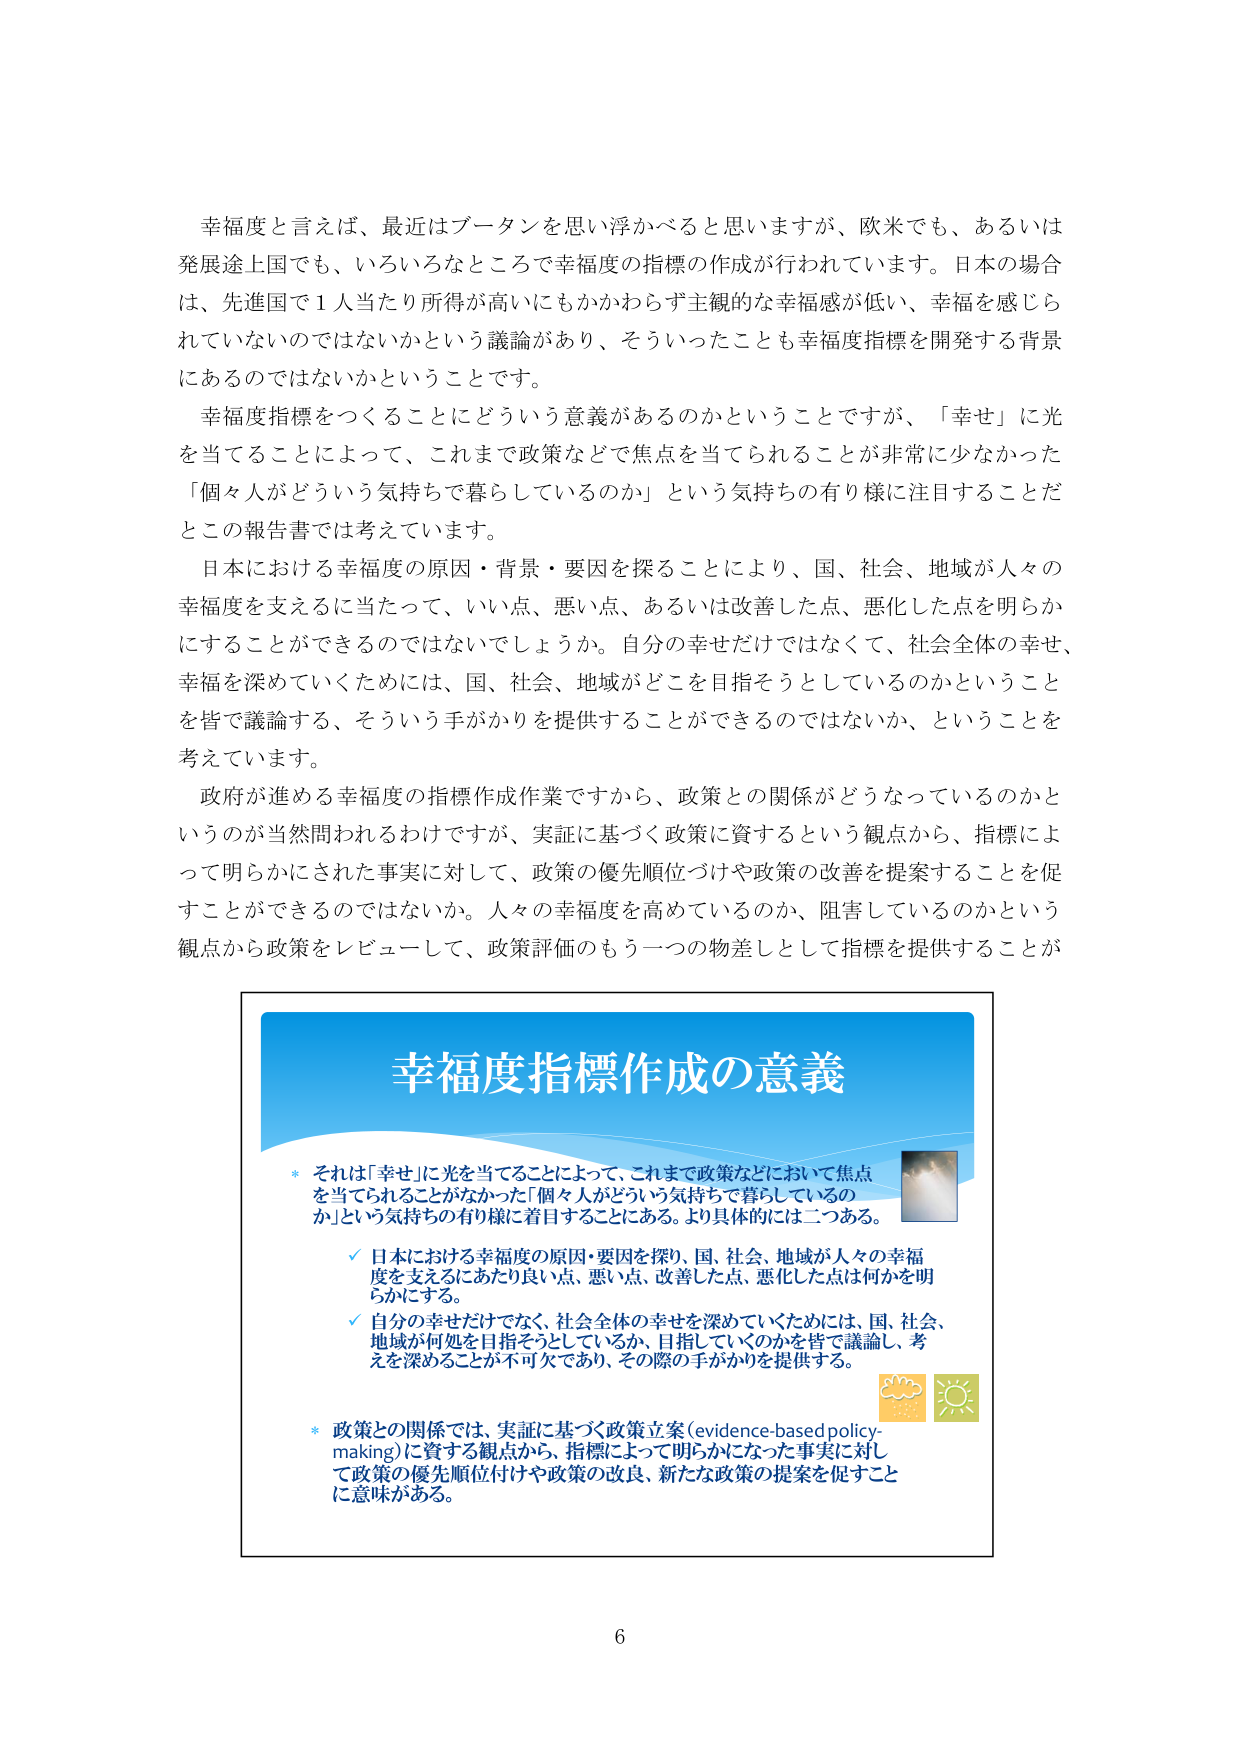
幸福度と言えば、最近はブータンを思い浮かべると思いますが、欧米でも、あるいは発展途上国でも、いろいろなところで幸福度の指標の作成が行われています。日本の場合 は、先進国で１人当たり所得が高いにもかかわらず主観的な幸福感が低い、幸福を感じられていないのではないかという議論があり、そういったことも幸福度指標を開発する背景 にあるのではないかということです。

幸福度指標をつくることにどういう意義があるのかということですが、「幸せ」に光 を当てることによって、これまで政策などで焦点を当てられることが非常に少なかった 「個々人がどういう気持ちで暮らしているのか」という気持ちの有り様に注目することだ とこの報告書では考えています。

日本における幸福度の原因・背景・要因を探ることにより、国、社会、地域が人々の 幸福度を支えるに当たって、いい点、悪い点、あるいは改善した点、悪化した点を明らか にすることができるのではないでしょうか。自分の幸せだけではなくて、社会全体の幸せ、 幸福を深めていくためには、国、社会、地域がどこを目指そうとしているのかということ を皆で議論する、そういう手がかりを提供することができるのではないか、ということを 考えています。

政府が進める幸福度の指標作成作業ですから、政策との関係がどうなっているのかと いうのが当然問われるわけですが、実証に基づく政策に資するという観点から、指標によ って明らかにされた事実に対して、政策の優先順位づけや政策の改善を提案することを促 すことができるのではないか。人々の幸福度を高めているのか、阻害しているのかという 観点から政策をレビューして、政策評価のもう一つの物差しとして指標を提供することが

幸福度指標作成の意義

* それは「幸せ」に光を当てることによって、これまで政策などにおいて焦点 を当てられることがなかった「個々人がどういう気持ちで暮らしているの か」という気持ちの有り様に着目することにある。より具体的には二つある。

✓ 日本における幸福度の原因・要因を探り、国、社会、地域が人々の幸福 度を支えるにあたり良い点、悪い点、改善した点、悪化した点は何かを明 らかにする。

✓ 自分の幸せだけでなく、社会全体の幸せを深めていくためには、国、社会、 地域が何処を目指そうとしているか、目指していくのかを皆で議論し、考 えを深めることが不可欠であり、その際の手がかりを提供する。

* 政策との関係では、実証に基づく政策立案（evidence-based policy- making）に資する観点から、指標によって明らかになった事実に対し て政策の優先順位付けや政策の改良、新たな政策の提案を促すこと に意味がある。

6